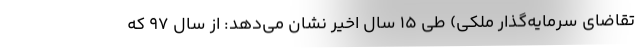
تقاضای سرمایه‌گذار ملکی) طی ۱۵ سال اخیر نشان می‌دهد: از سال ۹۷ که